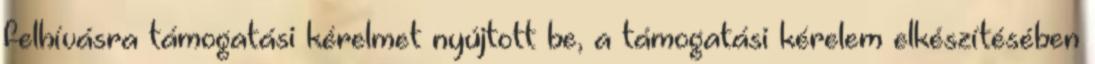
felhívásra támogatási kérelmet nyújtott be, a támogatási kérelem elkészítésében